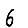
Digit: 6